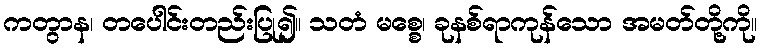
ကတွာန၊ တပေါင်းတည်းပြု၍။ သတံ မစ္စေ၊ ခုနစ်ရာကုန်သော အမတ်တို့ကို။